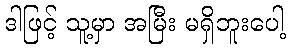
ဒါဖြင့် သူ့မှာ အမြီး မရှိဘူးပေါ့